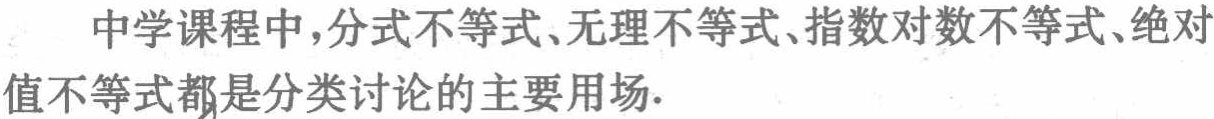
中学课程中，分式不等式、无理不等式、指数对数不等式、绝对值不等式都是分类讨论的主要用场.